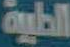
الطبية